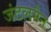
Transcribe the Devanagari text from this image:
जंटलमैन